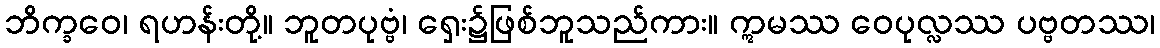
ဘိက္ခဝေ၊ ရဟန်းတို့။ ဘူတပုဗ္ဗံ၊ ရှေး၌ဖြစ်ဘူသည်ကား။ ဣမဿ ဝေပုလ္လဿ ပဗ္ဗတဿ၊